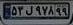
۵۳ل۹۷۸۹۹